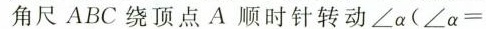
角尺ABC绕顶点A顺时针转动$$∠ α (∠ α =